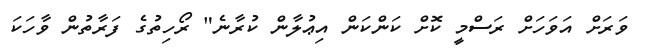
ވަރަށް އަވަހަށް ރަސްމީ ކޮށް ކަންކަން އިޢުލާން ކުރާނެ" ރޯހިތުގެ ފަރާތުން ވާހަކަ